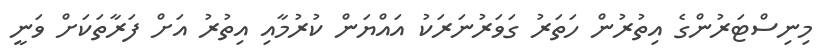
މިނިސްޓަރުންގެ އިތުރުން ހަތަރު ގަވަރުނަރަކު އައްޔަން ކުރުމާއި އިތުރު އަށް ފަރާތަކަށް ވަނީ